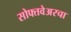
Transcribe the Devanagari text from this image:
सोफ्तवेअरचा